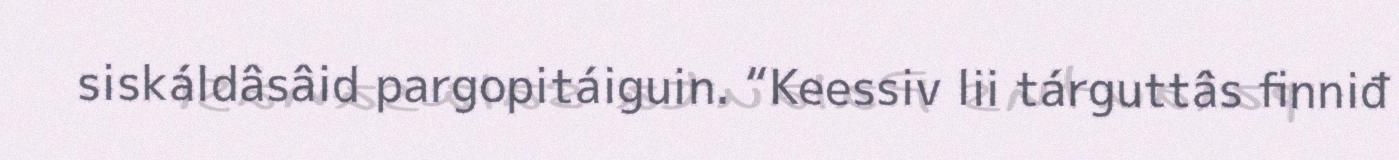
siskáldâsâid pargopitáiguin. “Keessiv lii tárguttâs finniđ